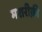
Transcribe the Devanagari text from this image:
मशरीक़ी